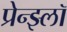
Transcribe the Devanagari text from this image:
प्रेन्झ्लॉ